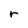
Character: r